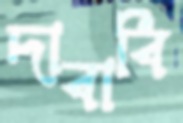
দাবাবি